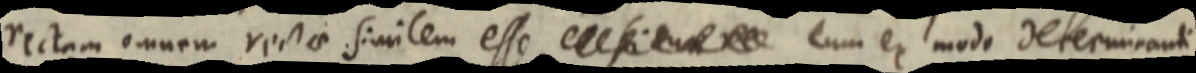
rectam omnem rectae similem esse _ cum ex modo determinanti